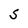
Character: S